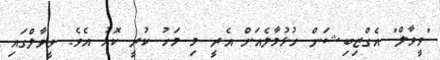
"ވީވާލް" އެގްޒިބިޝަން ހުޅުމާލެއަށް އެރީ މި މަހު ކުރީ ކޮޅު އެވެ. ވީވާލްގައި